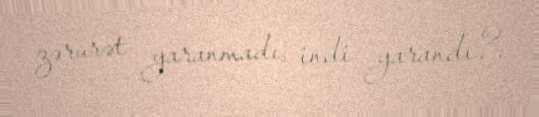
zərurət yaranmadı, indi yarandı?.